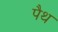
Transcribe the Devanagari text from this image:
पैथ